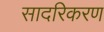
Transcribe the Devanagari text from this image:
सादरिकरण